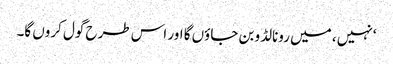
‘نہیں ، میں رونالڈو بن جاؤں گا اور اس طرح گول کروں گا۔